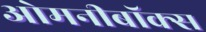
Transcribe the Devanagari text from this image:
ओमनीबॉक्स